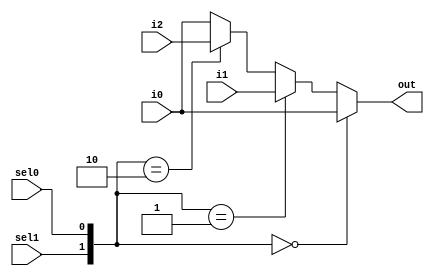
module mux4x1 #(
	parameter XLEN = 32
) 
(
	input  wire [XLEN-1:0] i0,
	input  wire [XLEN-1:0] i1,
	input  wire [XLEN-1:0] i2,
	input  wire            sel0,
	input  wire            sel1,
	output reg  [XLEN-1:0] out
);

wire [1:0] sel_mux;

assign sel_mux = {sel1,sel0};

always @(*) begin
	if (sel_mux == 2'b00) begin
		out = i0;
	end
	else if (sel_mux == 2'b01) begin
		out = i1;
	end
	else if (sel_mux == 2'b10) begin
		out = i2;
	end
	else begin
		out = i0;
	end
end

endmodule